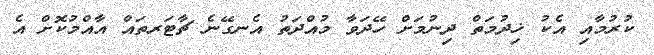
ކުރުމާއި އެކު ޚިދުމަތް ދިނުމަށް ހޭދަވާ މުއްދަތު އެނގޭނެ ޗާޓަރތައް އާއްމުކޮށް އެ